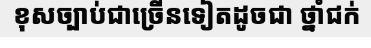
ខុសច្បាប់ជាច្រើនទៀតដូចជា ថ្នាំជក់